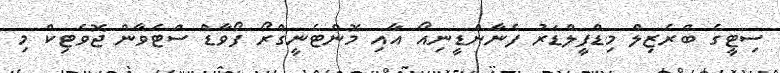
ސިޓީގެ ބްރެޒިލް މިޑްފީލްޑަރު ފެނާންޑީނިއޯ އާއި މޮންޓެނީގްރޯ ފޯވާޑް ސްޓެވާން ޖޮވެޓިކް މި